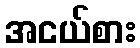
အငယ်စား